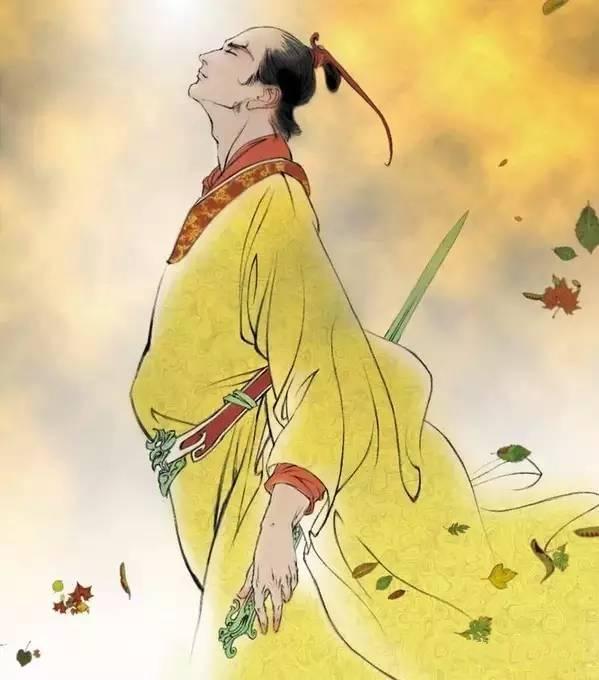
西风满天雪，何处报人恩。